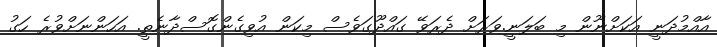
އާއްމުދަނީ އަކަށްނޫން މި ބަލަނީ.ވަރަށް ދެރަވޭ ގައްދޫގަވެސް މިކަން އުވިގެންގޮސްދާނެތީ. އަހަންނަށްވުރެ ހަގު